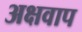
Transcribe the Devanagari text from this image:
अक्षवाप